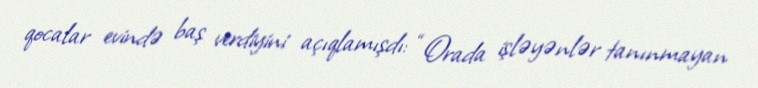
qocalar evində baş verdiyini açıqlamışdı: “Orada işləyənlər tanınmayan